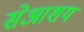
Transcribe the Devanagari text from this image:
सेआशय